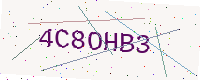
Text: 4C8OHB3